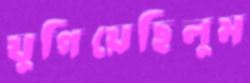
যুগিয়েছিলুম